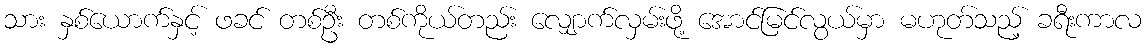
သား နှစ်ယောက်နှင့် ဖခင် တစ်ဦး တစ်ကိုယ်တည်း လျှောက်လှမ်းဖို့ အောင်မြင်လွယ်မှာ မဟုတ်သည့် ခရီးကာလ